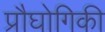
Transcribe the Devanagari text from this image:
प्रौघोगिकी